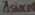
Asiacell